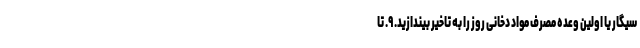
سیگار یا اولین وعده مصرف مواد دخانی روز را به تاخیر بیندازید. ۹. تا